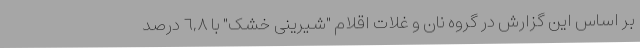
بر اساس این گزارش در گروه نان و غلات اقلام "شیرینی خشک" با ٦,٨ درصد